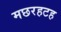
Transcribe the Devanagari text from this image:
मछरहटह